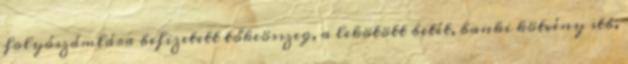
folyószámlára befizetett tőkeösszeg, a lekötött betét, banki kötvény stb.